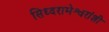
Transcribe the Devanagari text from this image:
सिध्दरामेश्वरांशी